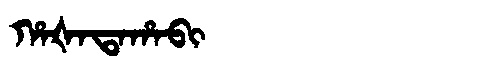
Manchu: ᡥᠠᡧᠠᡨᠠᡥᠠᠪᡳ
Romanization: HAŠATAHABI